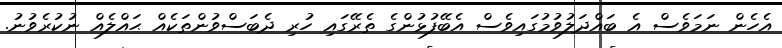
އެހެން ނަމަވެސް އެ ބައްދަލުވުމުގައިވެސް އެބޭފުޅުންގެ ތެރޭގައި ހުރި ދެބަސްވުންތަކެއް ޙައްލެއް ނުކުރެވުނު.